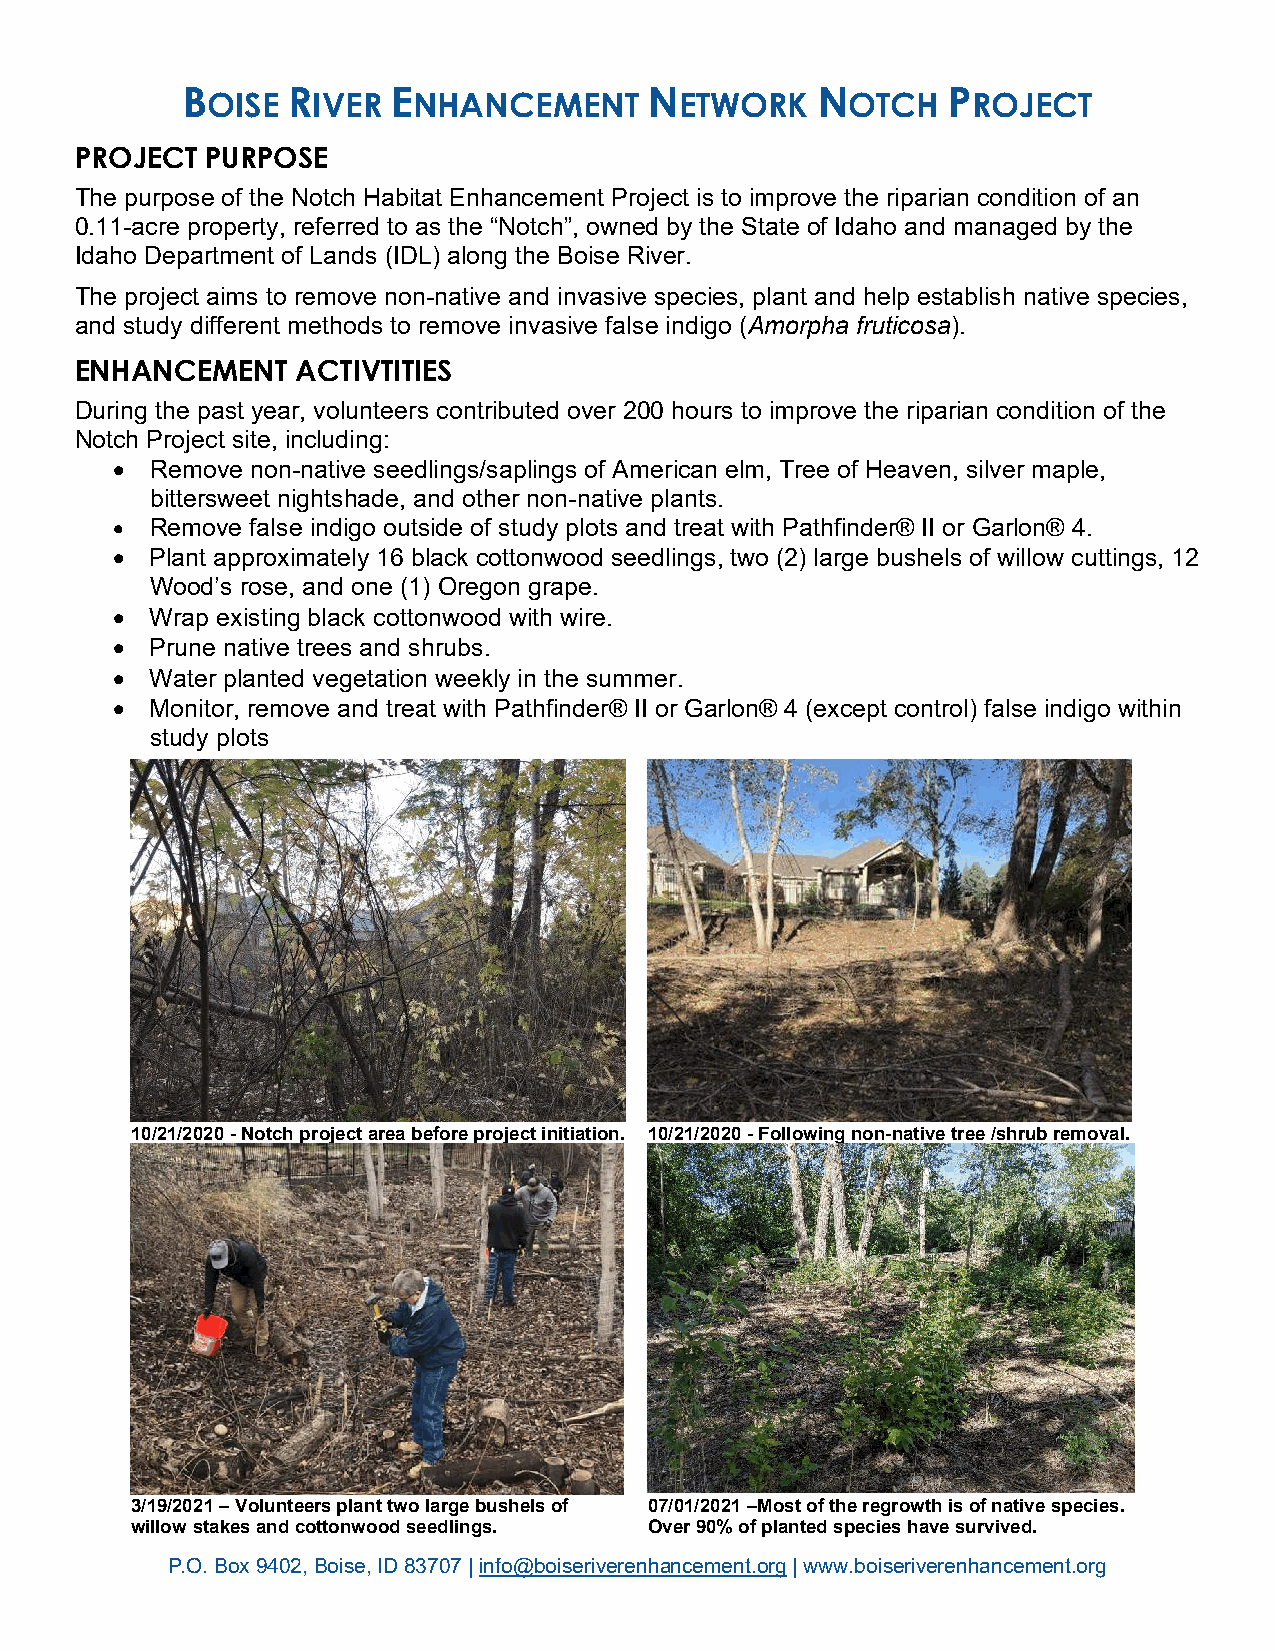
B      R      E                N          N        P
 OISE   IVER  NHANCEMENT        ETWORK     OTCH    ROJECT
 PROJECT  PURPOSE
 The purpose of the Notch Habitat Enhancement Project is to improve the riparian condition of an
 0.11-acre property, referred to as the “Notch”, owned by the State of Idaho and managed by the
 Idaho Department of Lands (IDL) along the Boise River.
 The project aims to remove non-native and invasive species, plant and help establish native species,
 and study different methods to remove invasive false indigo (Amorpha fruticosa).
 ENHANCEMENT    ACTIVTITIES
 During the past year, volunteers contributed over 200 hours to improve the riparian condition of the
 Notch Project site, including:
 •  Remove non-native seedlings/saplings of American elm, Tree of Heaven, silver maple,
 bittersweet nightshade, and other non-native plants.
 •  Remove false indigo outside of study plots and treat with Pathfinder® II or Garlon® 4.
 •  Plant approximately 16 black cottonwood seedlings, two (2) large bushels of willow cuttings, 12
 Wood’s rose, and one (1) Oregon grape.
 •  Wrap existing black cottonwood with wire.
 •  Prune native trees and shrubs.
 •  Water planted vegetation weekly in the summer.
 •  Monitor, remove and treat with Pathfinder® II or Garlon® 4 (except control) false indigo within
 study plots
 10/21/2020 - Notch project area before project initiation. 10/21/2020 - Following non-native tree /shrub removal.
 3/19/2021 – Volunteers plant two large bushels of 07/01/2021 –Most of the regrowth is of native species.
 willow stakes and cottonwood seedlings. Over 90% of planted species have survived.
 P.O. Box 9402, Boise, ID 83707 | info@boiseriverenhancement.org | www.boiseriverenhancement.org